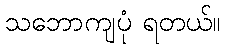
သဘောကျပုံ ရတယ်။